Vaccination in Bombay 1856-1862 - 1856-1862
Year: 1856
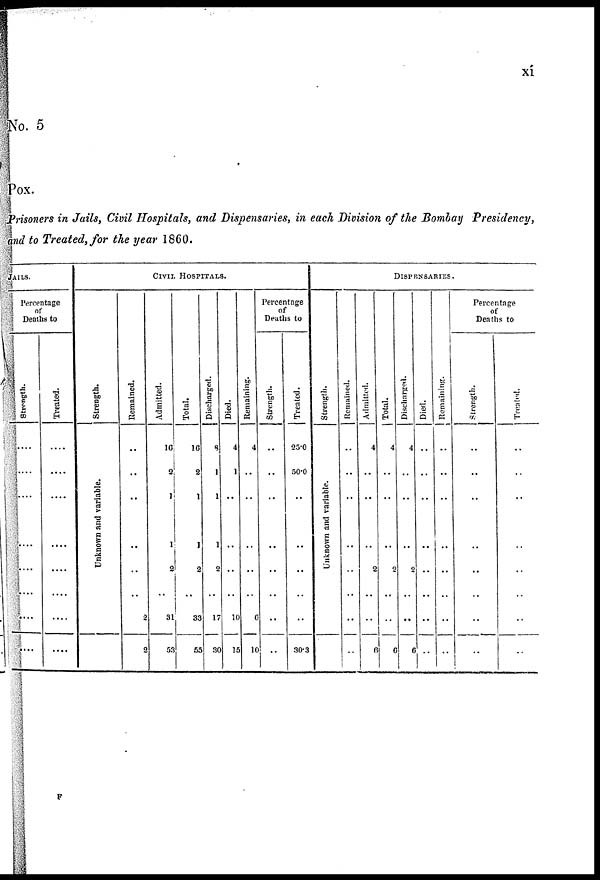
xi
No. 5
Pox.
Prisoners in Jails, Civil Hospitals, and Dispensaries, in each Division of the Bombay Presidency,
and to Treated, for the year 1860.
JAILS.
Percentage
of
Deaths to
Strength.
....
....
....
....
....
....
....
....
Treated.
....
....
....
....
....
....
....
....
CIVIL HOSPITALS.
Strength.
Unknown and variable.
Remained.
..
..
..
..
..
..
2
2
Admitted.
16
2
1
1
2
..
31
53
Total.
16
2
1
1
2
..
33
55
Discharged.
8
1
1
1
2
..
17
30
Died.
4
1
..
..
..
..
10
15
Remaining.
4
..
..
..
..
..
6
10
Percentage
of
Deaths to
Strength.
..
..
..
..
..
..
..
..
Treated.
25.0
50.0
..
..
..
..
..
30.3
DISPENSARIES.
Strength.
Unknown and variable.
Remained.
..
..
..
..
..
..
..
..
Admitted.
4
..
..
..
2
..
..
6
Total.
4
..
..
..
2
..
..
6
Discharged.
4
..
..
..
2
..
..
6
Died.
..
..
..
..
..
..
..
..
Remaining.
..
..
..
..
..
..
..
..
Percentage
of
Deaths to
Strength.
..
..
..
..
..
..
..
..
Treated.
..
..
..
..
..
..
..
..
F